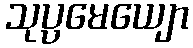
သုပ္ပမေယျော